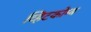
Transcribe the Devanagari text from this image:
व्हिटकोम्ब